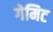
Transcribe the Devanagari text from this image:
गेमिट